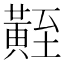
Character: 𪏀